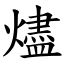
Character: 燼